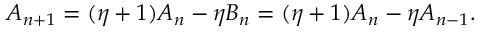
A _ { n + 1 } = ( \eta + 1 ) A _ { n } - \eta B _ { n } = ( \eta + 1 ) A _ { n } - \eta A _ { n - 1 } .